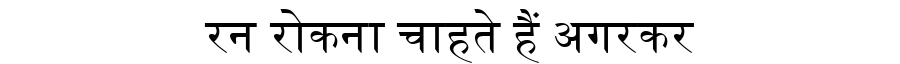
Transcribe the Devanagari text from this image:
रन रोकना चाहते हैं अगरकर